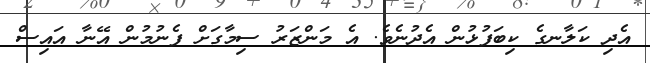
އެދި ކަލާނގެ ކިބަފުޅުން އެދުނެވެ. އެ މަންޒަރު ސިމާގަށް ފެނުމުން އޭނާ އައިސް